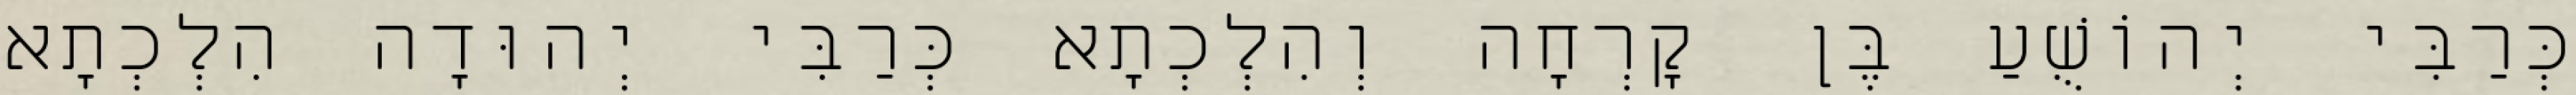
כְּרַבִּי יְהוֹשֻׁעַ בֶּן קׇרְחָה וְהִלְכְתָא כְּרַבִּי יְהוּדָה הִלְכְתָא